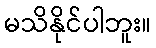
မသိနိုင်ပါဘူး။